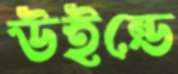
উইন্ডে